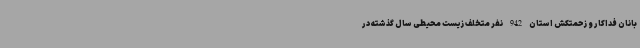
بانان فداکار و زحمتکش استان 942 نفر متخلف زیست محیطی سال گذشته در